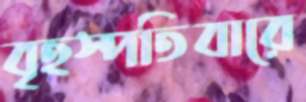
বৃহস্পতিবারে